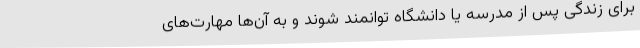
برای زندگی پس از مدرسه یا دانشگاه توانمند شوند و به آن‌ها مهارت‌های